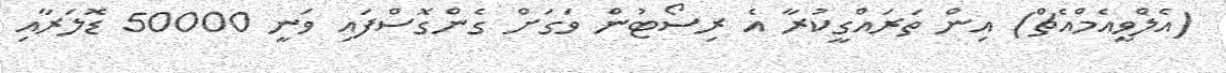
(އެލްވީއެމްއެޗް) އިން ތަރައްގީކުރާ އެ ރިސޯޓުން ވަގަށް ގެންގޮސްފައި ވަނީ 50000 ޑޮލަރާއި